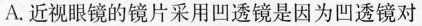
A.近视眼镜的镜片采用凹透镜是因为凹透镜对